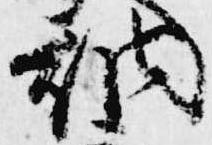
納